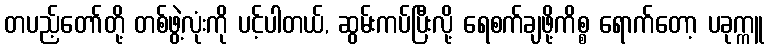
တပည့်တော်တို့ တစ်ဖွဲ့လုံးကို ပင့်ပါတယ်, ဆွမ်းကပ်ပြီးလို့ ရေစက်ချဖို့ကိစ္စ ရောက်တော့ ပခုက္ကူ